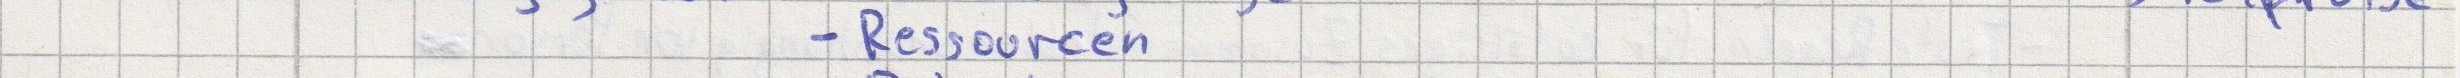
- Ressourcen